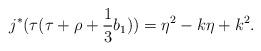
LaTeX: \begin{align*}j^{*}(\tau(\tau+\rho+\frac{1}{3}b_{1})) = \eta^{2}-k\eta+k^{2}.\end{align*}